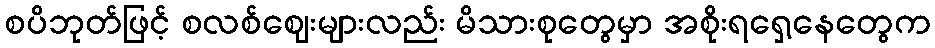
စပိဘုတ်ဖြင့် စလစ်ဈေးများလည်း မိသားစုတွေမှာ အစိုးရရှေ့နေတွေက